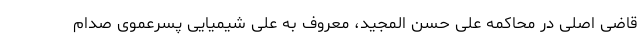
قاضی اصلی در محاکمه علی حسن المجید، معروف به علی شیمیایی پسرعموی صدام